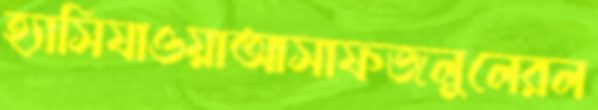
হ্যাসিযাওয়াআসাফজলুলেরল